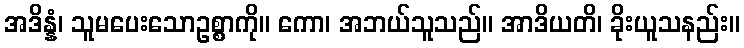
အဒိန္နံ၊ သူမပေးသောဥစ္စာကို။ ကော၊ အဘယ်သူသည်။ အာဒိယတိ၊ ခိုးယူသနည်း။